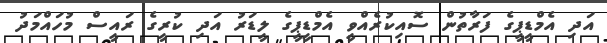
އަދި އެމްޑީޕީގެ ފަރާތުން ސޮއިކުރެއްވީ އެމްޑީޕީގެ ލީޑަރު އަދި ކުރީގެ ރައީސް މުހައްމަދު